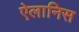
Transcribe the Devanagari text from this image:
ऐलानिस